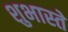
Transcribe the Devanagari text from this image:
शुभास्ते